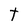
Character: t